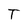
Character: T